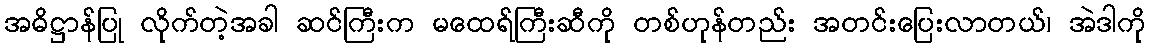
အဓိဋ္ဌာန်ပြု လိုက်တဲ့အခါ ဆင်ကြီးက မထေရ်ကြီးဆီကို တစ်ဟုန်တည်း အတင်းပြေးလာတယ်၊ အဲဒါကို